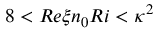
8 < R e \xi n _ { 0 } R i < \kappa ^ { 2 }